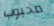
محبوب